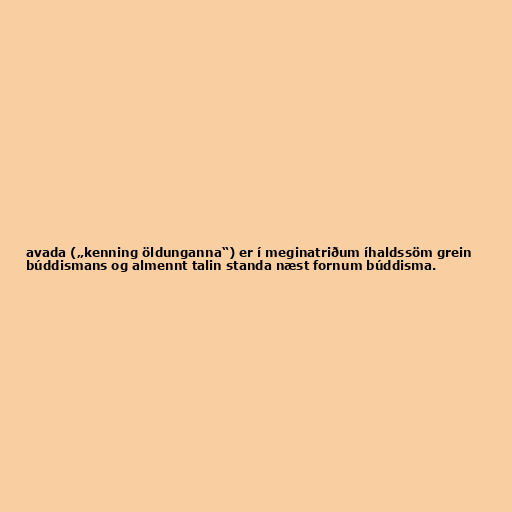
avada („kenning öldunganna“) er í meginatriðum íhaldssöm grein
búddismans og almennt talin standa næst fornum búddisma.